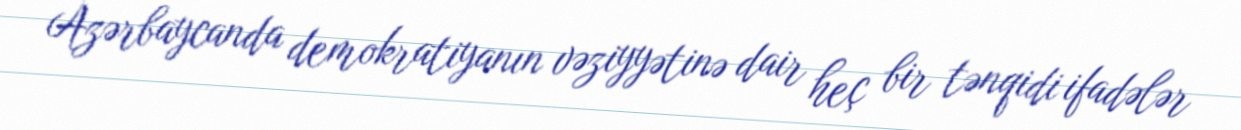
Azərbaycanda demokratiyanın vəziyyətinə dair heç bir tənqidi ifadələr